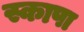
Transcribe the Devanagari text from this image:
स्कापा